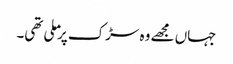
جہاں مجھے وہ سڑک پر ملی تھی۔